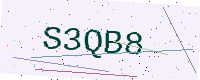
Text: S3QB8